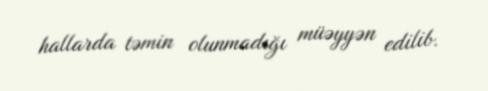
hallarda təmin olunmadığı müəyyən edilib.